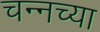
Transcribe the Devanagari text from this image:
चन्नच्या